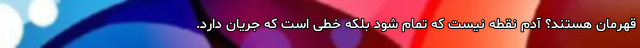
قهرمان هستند؟ آدم نقطه نیست که تمام شود بلکه خطی است که جریان دارد.